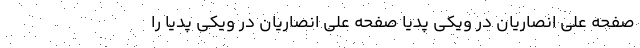
صفحه علی انصاریان در ویکی پدیا صفحه علی انصاریان در ویکی پدیا را